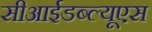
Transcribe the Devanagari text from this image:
सीआईडब्‍ल्‍यूएस